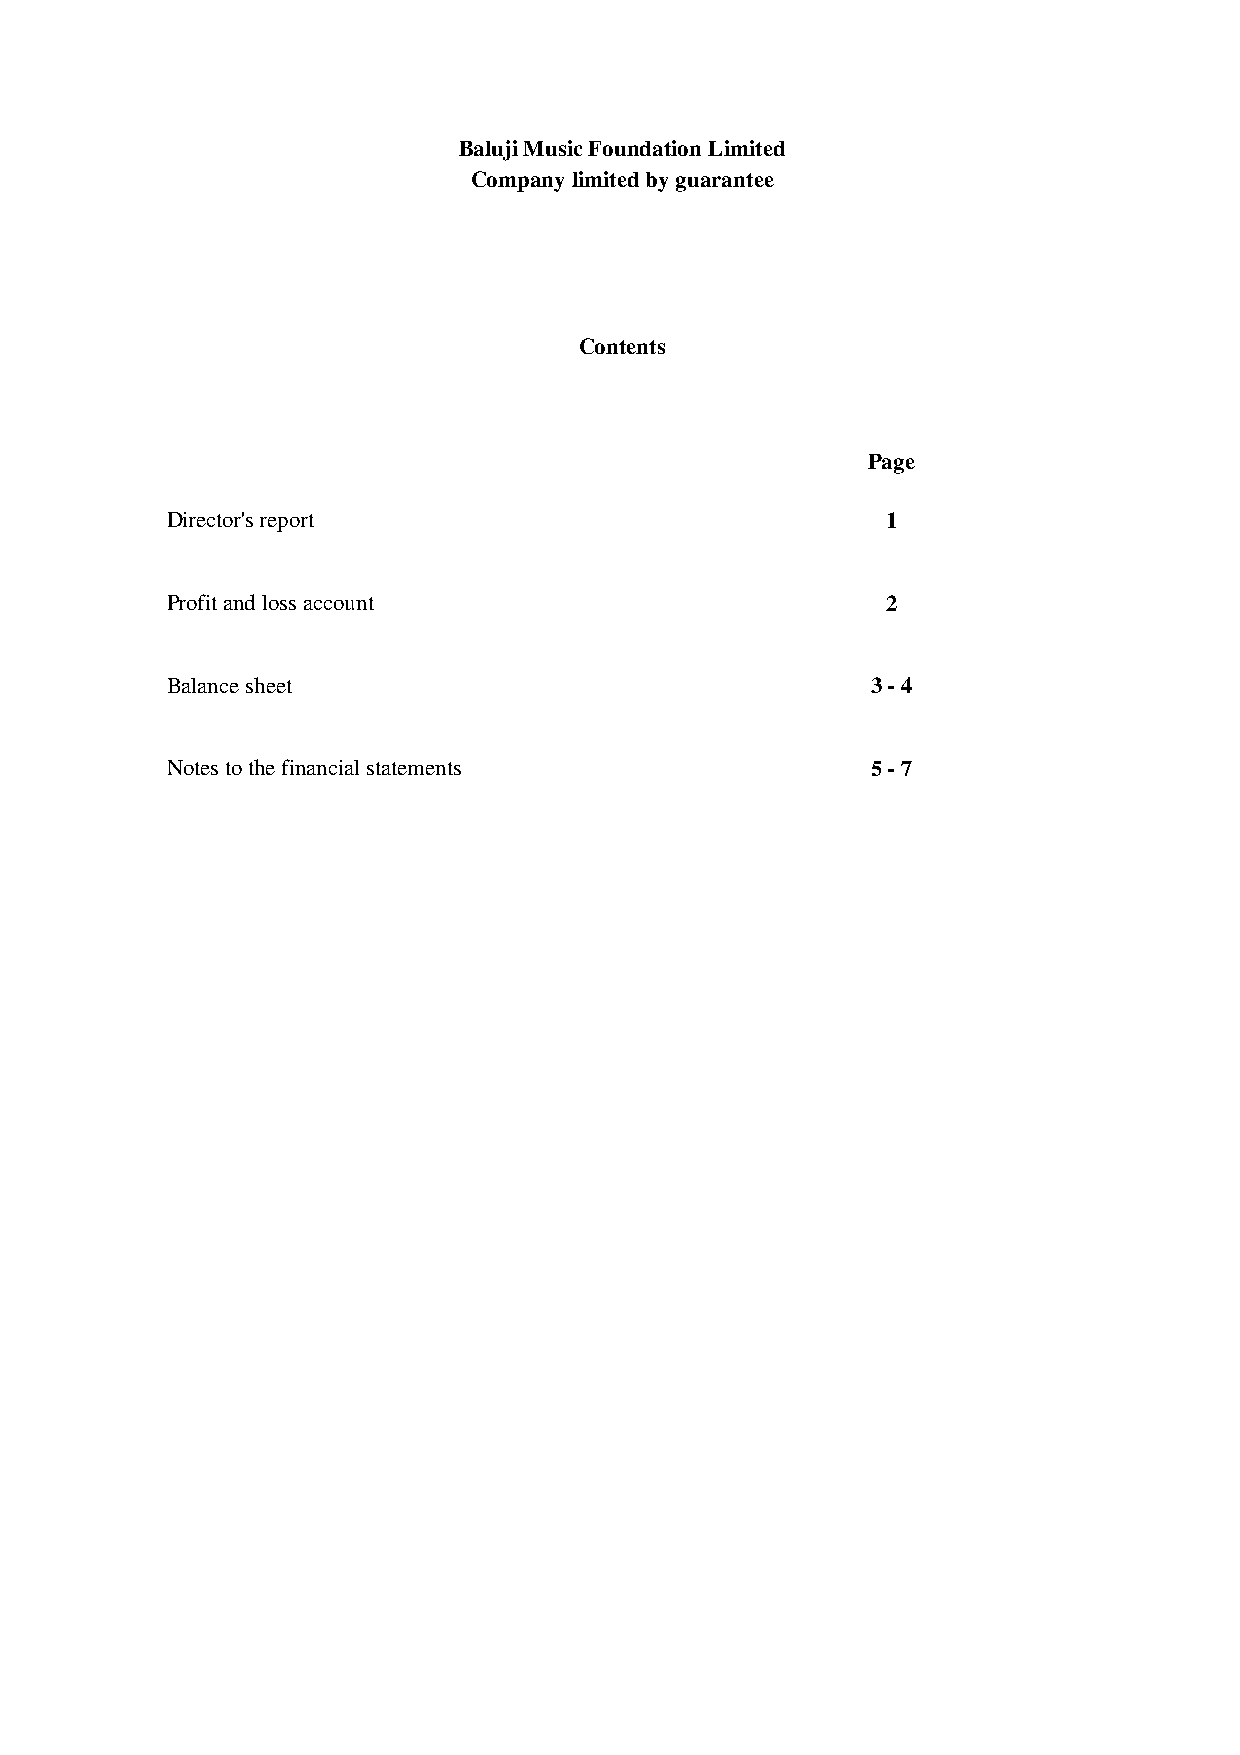
Baluji Music Foundation Limited
 Company limited by guarantee
 Contents
 Page
 Director's report                               1
 Profit and loss account                         2
 Balance sheet                                  3 - 4
 Notes to the financial statements              5 - 7